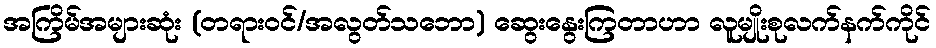
အကြိမ်အများဆုံး (တရားဝင်/အလွတ်သဘော) ဆွေးနွေးကြတာဟာ လူမျိုးစုလက်နက်ကိုင်